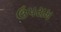
ઉપરામ